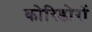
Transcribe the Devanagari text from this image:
कोरिडोरों